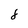
Character: 8